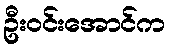
ဦးဝင်းအောင်က